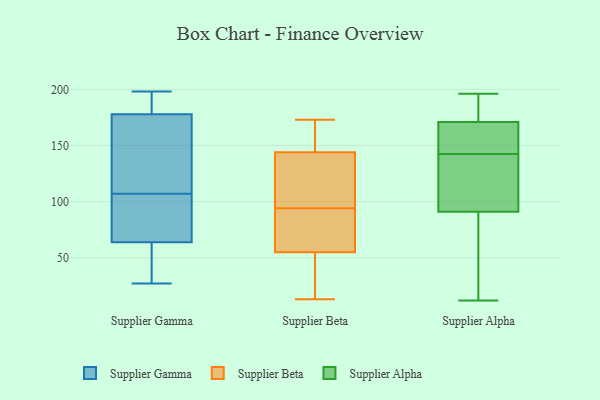
{"axis": {"x": "Gross Profit (USD K)", "y": "Value"}, "legend": ["Supplier Alpha", "Supplier Beta", "Supplier Gamma"], "data": [{"x": "", "y": 181, "type": "Supplier Gamma"}, {"x": "", "y": 53, "type": "Supplier Gamma"}, {"x": "", "y": 87, "type": "Supplier Gamma"}, {"x": "", "y": 116, "type": "Supplier Gamma"}, {"x": "", "y": 56, "type": "Supplier Gamma"}, {"x": "", "y": 107, "type": "Supplier Gamma"}, {"x": "", "y": 168, "type": "Supplier Gamma"}, {"x": "", "y": 101, "type": "Supplier Gamma"}, {"x": "", "y": 198, "type": "Supplier Gamma"}, {"x": "", "y": 184, "type": "Supplier Gamma"}, {"x": "", "y": 27, "type": "Supplier Gamma"}, {"x": "", "y": 81, "type": "Supplier Beta"}, {"x": "", "y": 149, "type": "Supplier Beta"}, {"x": "", "y": 13, "type": "Supplier Beta"}, {"x": "", "y": 119, "type": "Supplier Beta"}, {"x": "", "y": 69, "type": "Supplier Beta"}, {"x": "", "y": 138, "type": "Supplier Beta"}, {"x": "", "y": 155, "type": "Supplier Beta"}, {"x": "", "y": 51, "type": "Supplier Beta"}, {"x": "", "y": 173, "type": "Supplier Beta"}, {"x": "", "y": 19, "type": "Supplier Beta"}, {"x": "", "y": 89, "type": "Supplier Beta"}, {"x": "", "y": 99, "type": "Supplier Beta"}, {"x": "", "y": 55, "type": "Supplier Beta"}, {"x": "", "y": 144, "type": "Supplier Beta"}, {"x": "", "y": 146, "type": "Supplier Alpha"}, {"x": "", "y": 196, "type": "Supplier Alpha"}, {"x": "", "y": 108, "type": "Supplier Alpha"}, {"x": "", "y": 91, "type": "Supplier Alpha"}, {"x": "", "y": 145, "type": "Supplier Alpha"}, {"x": "", "y": 186, "type": "Supplier Alpha"}, {"x": "", "y": 35, "type": "Supplier Alpha"}, {"x": "", "y": 171, "type": "Supplier Alpha"}, {"x": "", "y": 140, "type": "Supplier Alpha"}, {"x": "", "y": 12, "type": "Supplier Alpha"}]}